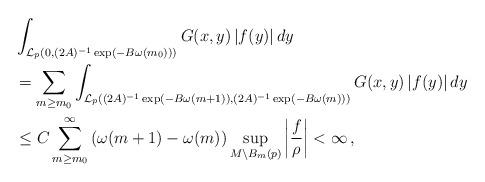
LaTeX: \begin{align*}&\int_{\mathcal{L}_{p}\left(0, (2A)^{-1}\exp(-B\omega(m_{0}))\right)}G(x,y)\,|f(y)|\,dy \\&= \sum_{m\geq m_{0}} \int_{\mathcal{L}_{p}\left((2A)^{-1}\exp(-B\omega(m+1)), (2A)^{-1}\exp(-B\omega(m))\right)}G(x,y)\,|f(y)|\,dy \\&\leq C \sum_{m\geq m_{0}}^{\infty}\left(\omega(m+1)-\omega(m)\right)\sup_{M \setminus B_m(p)}\left|\frac{f}{\rho}\right| <\infty \,,\end{align*}